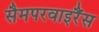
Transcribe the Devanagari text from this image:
सैमपरवाइरैंस